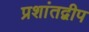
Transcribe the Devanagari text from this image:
प्रशांतद्वीप